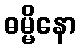
ဓမ္မိနော